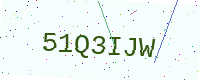
Text: 51Q3IJW